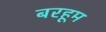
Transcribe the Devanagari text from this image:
बरहूम